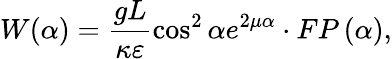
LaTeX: W(\alpha)=\frac{gL}{\kappa\varepsilon}\cos^{2}\alpha e^{2\mu\alpha}\cdot FP\left(\alpha\right),